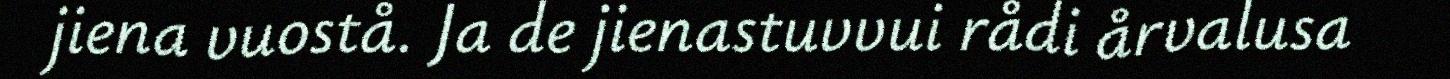
jiena vuostå. Ja de jienastuvvui rådi årvalusa